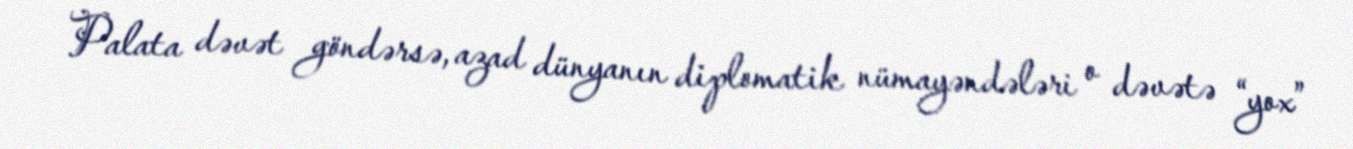
Palata dəvət göndərsə, azad dünyanın diplomatik nümayəndələri o dəvətə “yox”